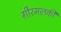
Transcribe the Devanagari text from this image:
ग़ीरमलकी